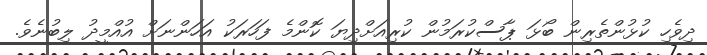
ދިވެހި ކުޅުންތެރިން ބޯޅަ ޕާސްކުރަމުން ކުރިއަށްދިޔަ ކޮންމެ ފަހަރަކު އަހަންނަށް އުއްމީދު ލިބުނެވެ.